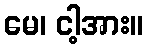
မေ၊ ငါ့အား။